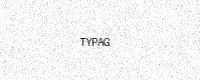
Text: TYPAG